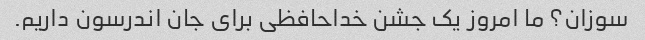
سوزان؟ ما امروز یک جشن خداحافظی برای جان اندرسون داریم.